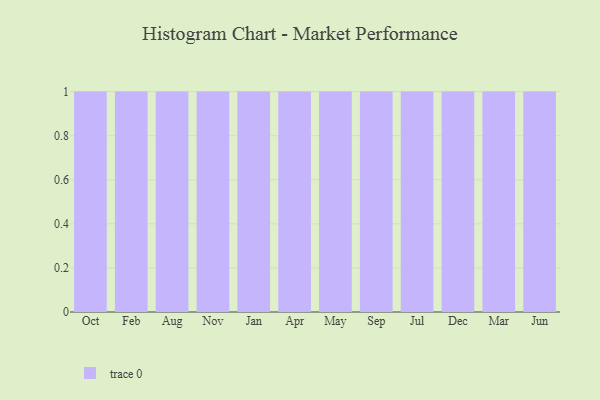
{"axis": {"x": "Month", "y": "Revenue (USD Million)"}, "legend": [""], "data": [{"x": "Oct", "y": 100, "type": ""}, {"x": "Feb", "y": 31, "type": ""}, {"x": "Aug", "y": 65, "type": ""}, {"x": "Nov", "y": 27, "type": ""}, {"x": "Jan", "y": 38, "type": ""}, {"x": "Apr", "y": 41, "type": ""}, {"x": "May", "y": 40, "type": ""}, {"x": "Sep", "y": 75, "type": ""}, {"x": "Jul", "y": 69, "type": ""}, {"x": "Dec", "y": 83, "type": ""}, {"x": "Mar", "y": 77, "type": ""}, {"x": "Jun", "y": 69, "type": ""}]}